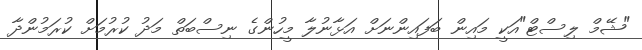
"ޝޭމް ލިސްޓް"އަކީ މައިން ބަފައިންނަށް އަޅާނުލާ މީހުންގެ ނިސްބަތް މަދު ކުރުމަށް ކުރަމުންދާ